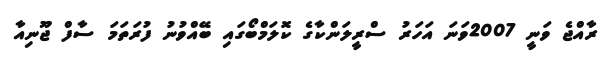
ރާއްޖެ ވަނީ 2007ވަނަ އަހަރު ސްރީލަންކާގެ ކޮލަމްބޯގައި ބޭއްވުނު ފުރަތަމަ ސާފް ޖޫނިއާ